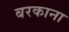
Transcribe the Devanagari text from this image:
बरकाना